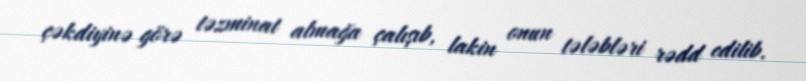
çəkdiyinə görə təzminat almağa çalışıb, lakin onun tələbləri rədd edilib.